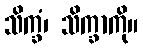
သိက္ခံ၊ သိက္ခာကို။